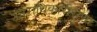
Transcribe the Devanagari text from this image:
उत्तराधिकारीराणा